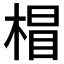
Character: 𣔺